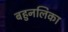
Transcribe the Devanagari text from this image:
बहुनलिका